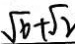
\sqrt { 6 } + \sqrt { 2 }